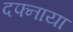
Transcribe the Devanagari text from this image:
दफ्नाया